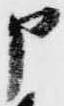
申